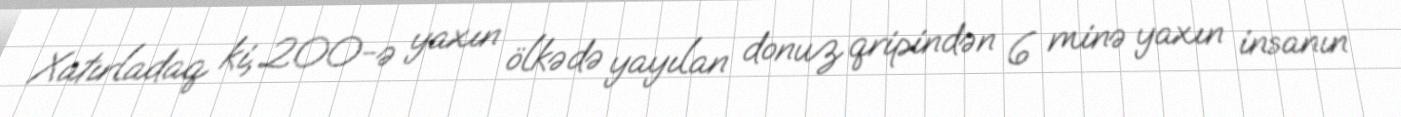
Xatırladaq ki, 200-ə yaxın ölkədə yayılan donuz qripindən 6 minə yaxın insanın